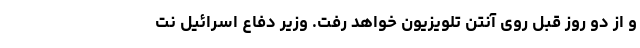
و از دو روز قبل روی آنتن تلویزیون خواهد رفت. وزیر دفاع اسرائیل نت